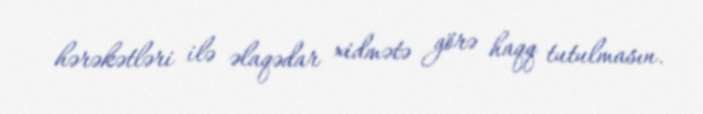
hərəkətləri ilə əlaqədar xidmətə görə haqq tutulmasın.